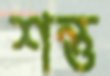
শন্তু